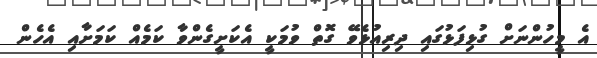
އެ މީހުންނަށް ގުޅިފަޅުގައި ދިރިއުޅެވޭ ގޮތް ވުމަކީ އެކަށީގެންވާ ކަމެއް ކަމަށާއި އެހެން